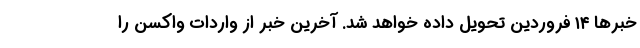
خبرها ۱۴ فروردین تحویل داده خواهد شد. آخرین خبر از واردات واکسن را